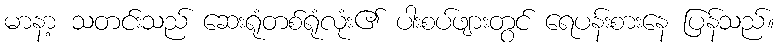
မာနာ့ သတင်းသည် ဆေးရုံတစ်ရုံလုံး၏ ပါးစပ်ဖျားတွင် ရေပန်းစားနေ ပြန်သည်။